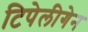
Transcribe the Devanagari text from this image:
टिपेलीगेन